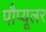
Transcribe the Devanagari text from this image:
पौप्यूलर